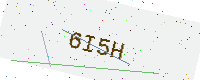
Text: 6I5H